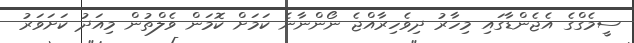
ސީމެގްގެ އެޖެންޑާގައި މިހާރު ދިވެހިރާއްޖެ ނޯންނާނެ ކަމަށް ކޮމަން ވެލްތުން މިއަދު ކަށަވަރު